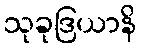
သုခုဒြယာနိ